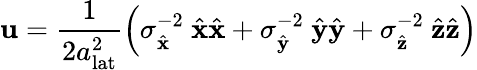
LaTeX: \mathbf{u}=\frac{1}{2a_{\mathrm{lat}}^{2}}\left(\sigma_{\hat{\mathbf{x}}}^{-2}~\hat{\mathbf{x}}\hat{\mathbf{x}}+\sigma_{\hat{\mathbf{y}}}^{-2}~\hat{\mathbf{y}}\hat{\mathbf{y}}+\sigma_{\hat{\mathbf{z}}}^{-2}~\hat{\mathbf{z}}\hat{\mathbf{z}}\right)